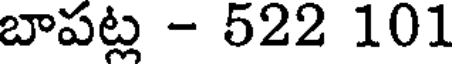
బాపట్ల - 522 101